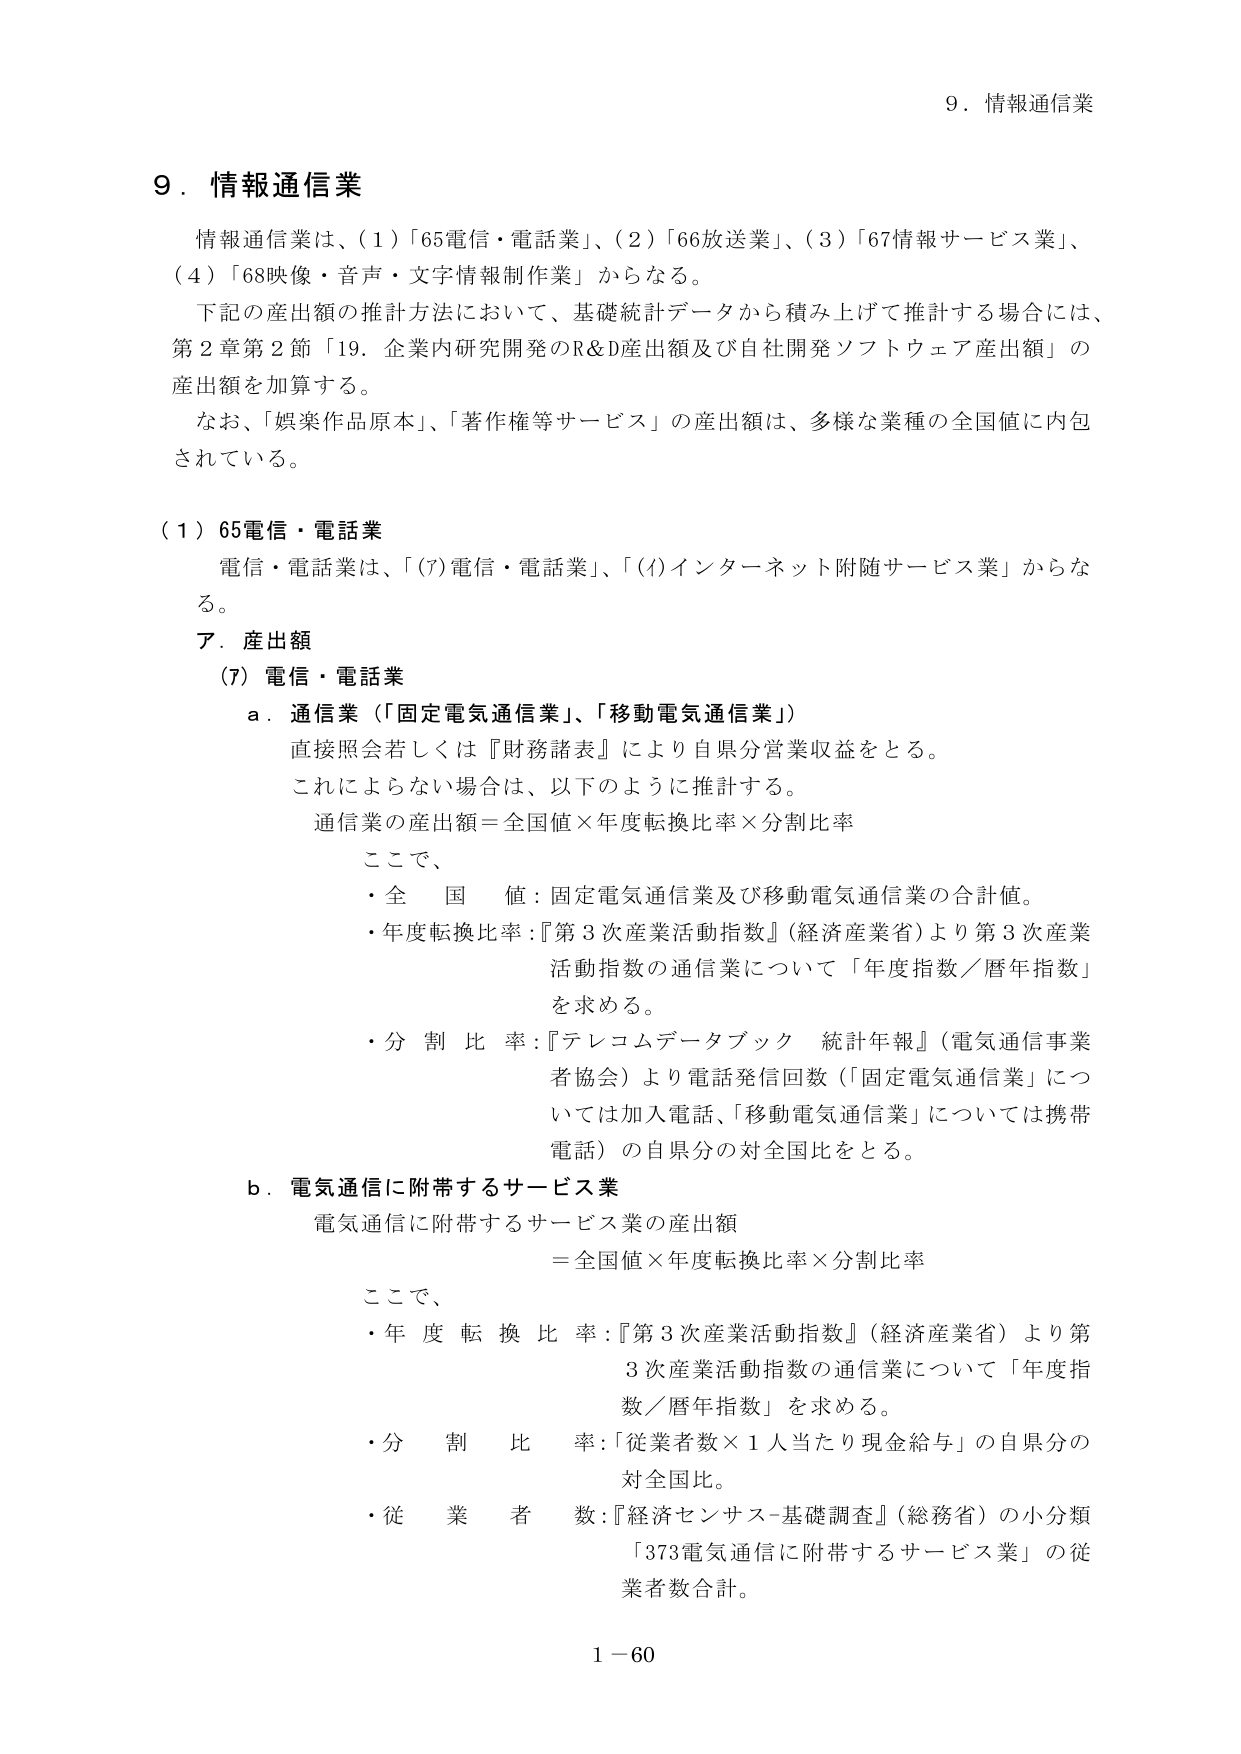
9．情報通信業

情報通信業は、（1）「65電信・電話業」、（2）「66放送業」、（3）「67情報サービス業」、（4）「68映像・音声・文字情報制作業」からなる。

下記の産出額の推計方法において、基礎統計データから積み上げて推計する場合には、第2章第2節「19．企業内研究開発のR&D産出額及び自社開発ソフトウェア産出額」の産出額を加算する。

なお、「娯楽作品原本」、「著作権等サービス」の産出額は、多様な業種の全国値に内包されている。

（1）65電信・電話業

電信・電話業は、「(7)電信・電話業」、「(4)インターネット附随サービス業」からなる。

ア．産出額

（7）電信・電話業

a．通信業（「固定電気通信業」、「移動電気通信業」）

直接照会若しくは『財務諸表』により自県分営業収益をとる。

これによらない場合は、以下のように推計する。

通信業の産出額＝全国値×年度転換比率×分割比率

ここで、

・全国値：固定電気通信業及び移動電気通信業の合計値。

・年度転換比率：『第3次産業活動指数』（経済産業省）より第3次産業活動指数の通信業について「年度指数／暦年指数」を求める。

・分割比率：『テレコムデータブック 統計年報』（電気通信事業者協会）より電話発信回数（「固定電気通信業」については加入電話、「移動電気通信業」については携帯電話）の自県分の対全国比をとる。

b．電気通信に附帯するサービス業

電気通信に附帯するサービス業の産出額

＝全国値×年度転換比率×分割比率

ここで、

・年度転換比率：『第3次産業活動指数』（経済産業省）より第3次産業活動指数の通信業について「年度指数／暦年指数」を求める。

・分割比率：「従業者数×1人当たり現金給与」の自県分の対全国比。

・従業者数：『経済センサス-基礎調査』（総務省）の小分類「373電気通信に附帯するサービス業」の従業者数合計。

1－60